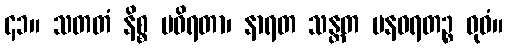
၄၁။ သတတံ နိစ္စ မဝိရတာ၊ နာရတ သန္တတ မနဝရတဉ္စ ဓုဝံ။